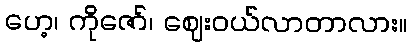
ဟေ့၊ ကိုဇော်၊ ဈေးဝယ်လာတာလား။